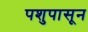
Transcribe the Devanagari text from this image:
पशुपासून